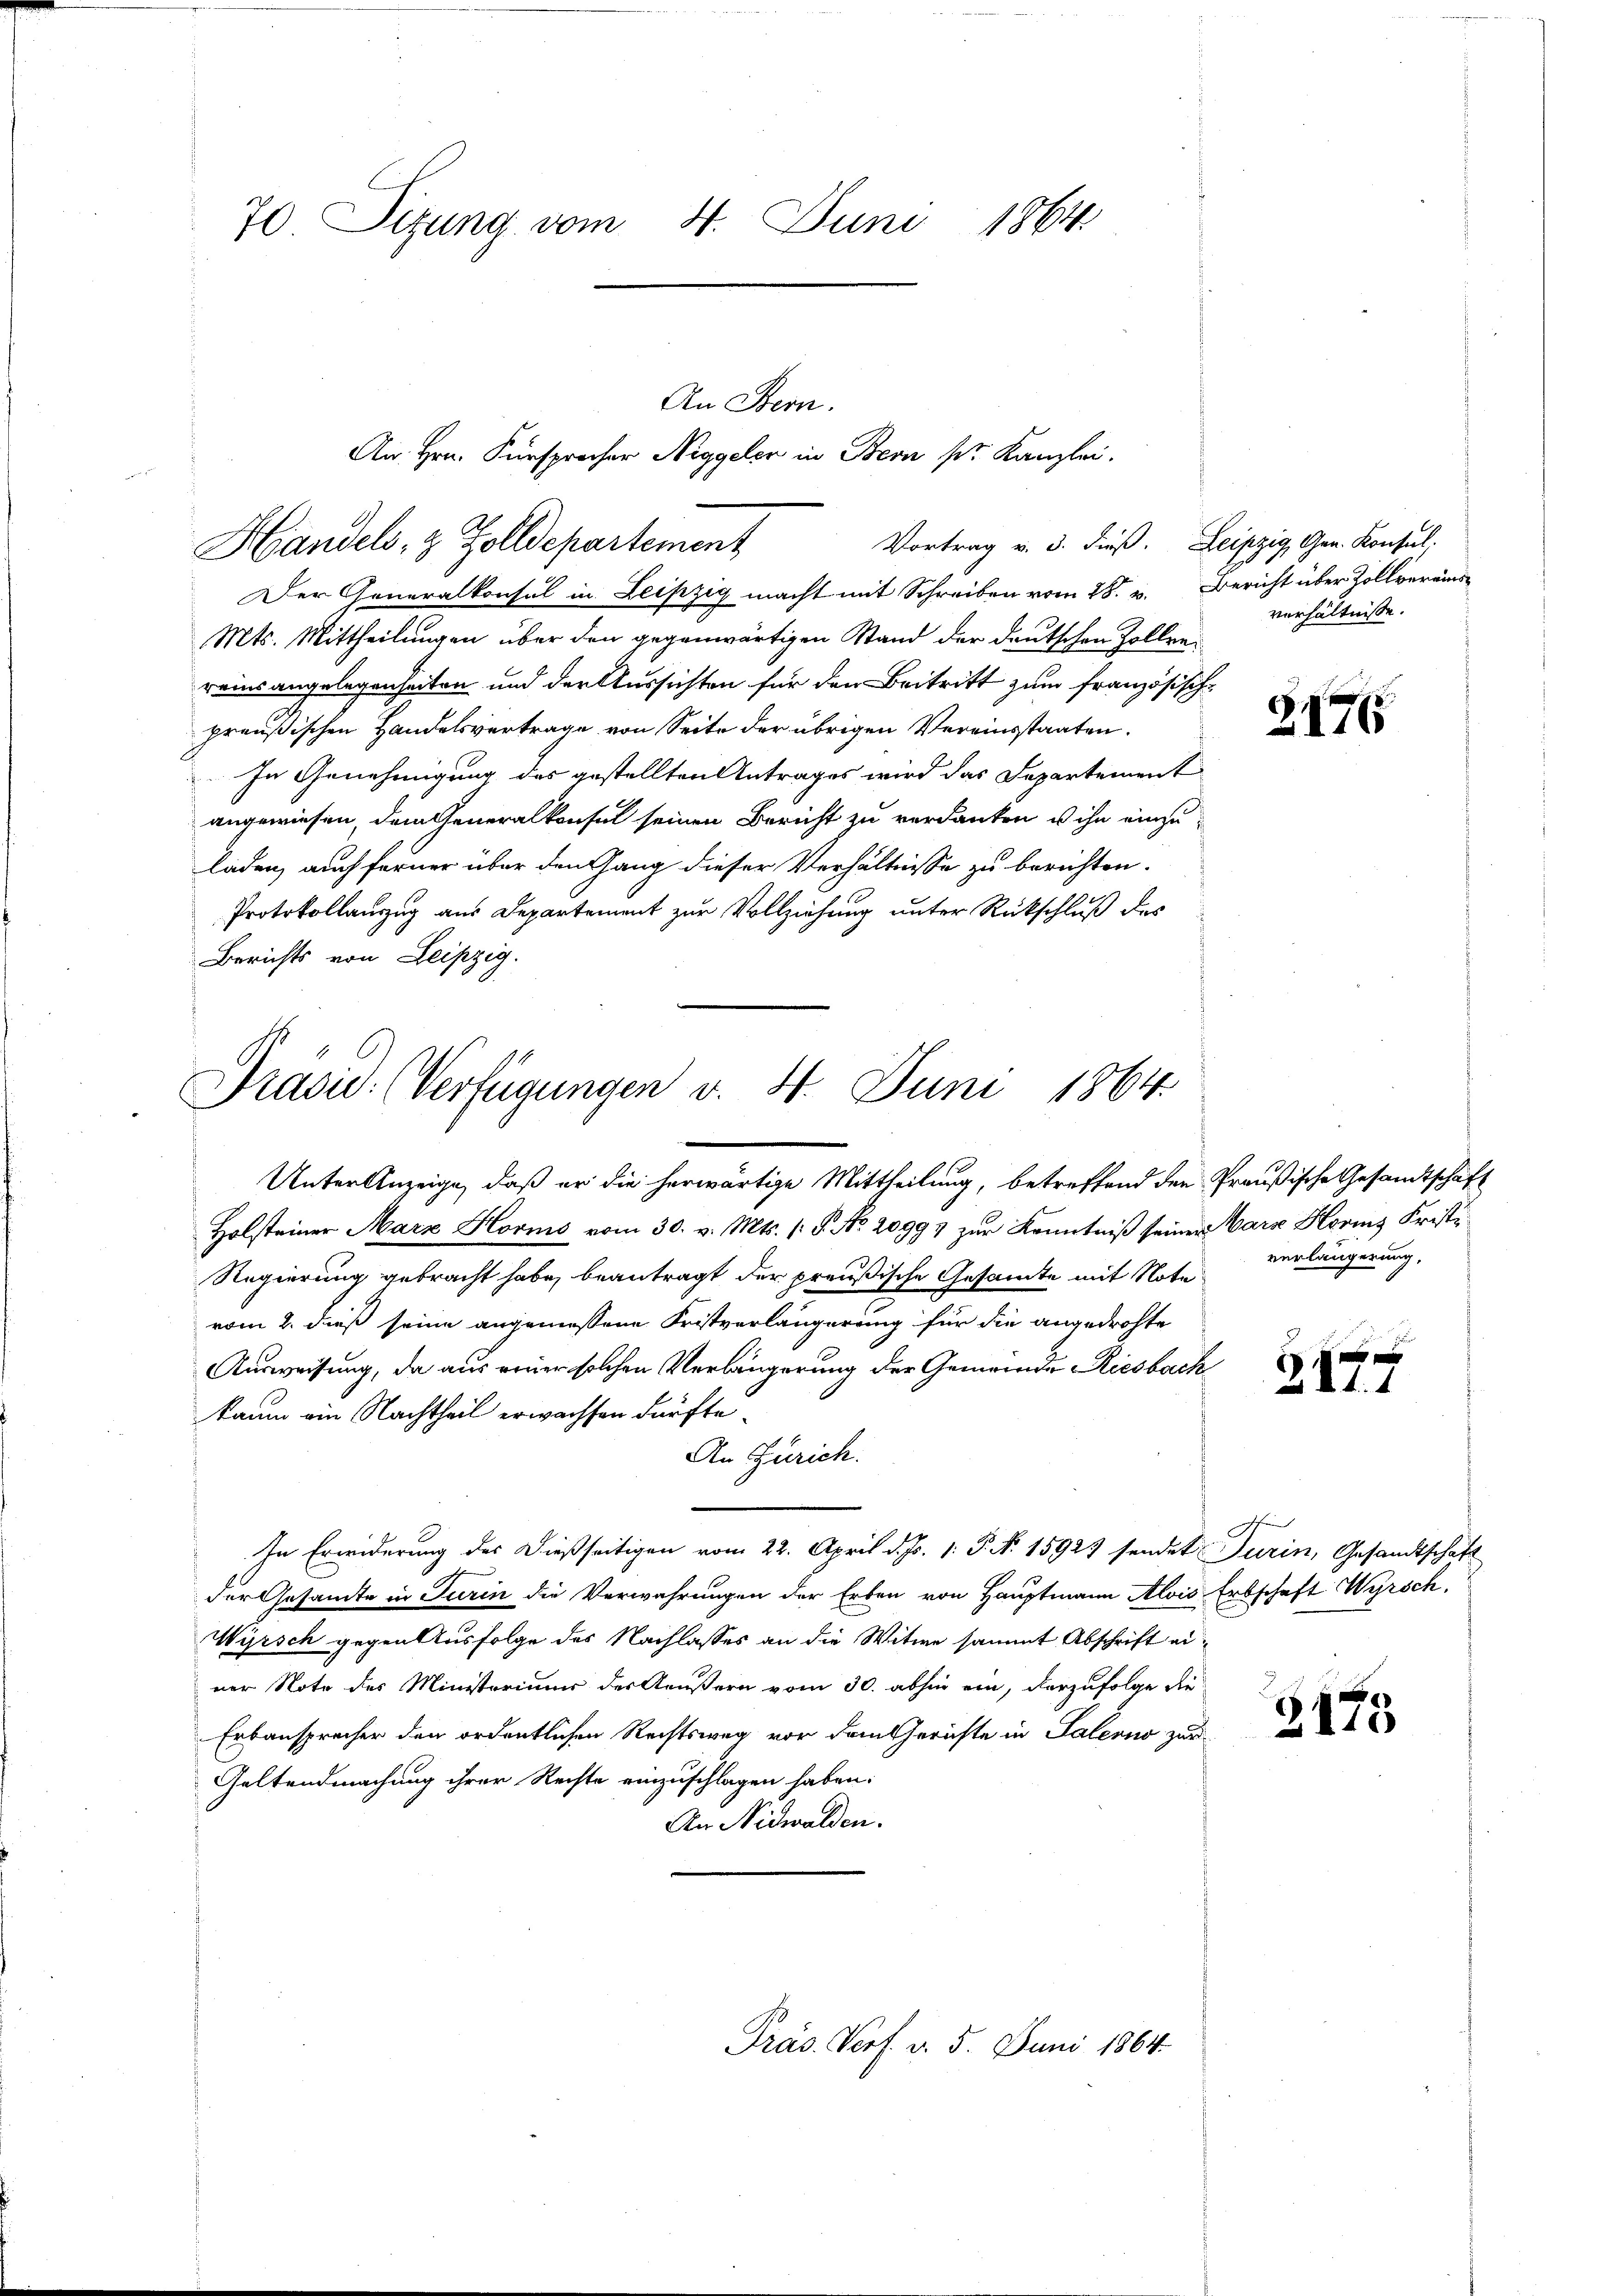
70. Sitzung vom 4. Juni 1864.

Der Generalkonsul in Leipzig macht mit Schreiben vom 28. v. Bericht über Zollvereins¬
Mts. Mittheilungen über den gegenwärtigen Stand der deutschen Zollenreinsangelegenheiten und der Aussichten für den Beitritt zum französische
preußischen Handelsvertrage von Seite der übrigen Vereinsstaaten.
In Genehmigung des gestellten Antrages wird das Departement
angewiesen, dem Generalkonsul seinen Bericht zu verdanken u ihn einzuladen, auch ferner über den Gang dieser Verhältnisse zu berichten.
Protokollauszug aus Departement zur Vollziehung unter Rückschluß des
Berichts von Leipzig.

Handels- & Zolldepartement

An Stern.
Vortrag v. 3. dieß. Leipzig, Gen. Konsul,

An Hrn. Fürsprocher Niggeler in Bern pr. Kanzlei.

Präsid. Verfügungen v. 4. Juni 1864.

Unter Anzeige, daß er die herwärtige Mittheilung, betreffend den Preußische Gesandtschaft
Holsteiner Marz Horms vom 30. v. Mts. (T. No. 20993 zur Kenntniß seiner Harz Horis Fristi
Regierung gebracht habe, beantragt der preußische Gesamte mit Note
vom 2. dieß seine angemessene Fristverlängerung für die angedrohte
Ausweisung, da aus einer solchen Verlängerung der Gemeinde Riesbach
kaum ein Nachtheil erwachsen dürfte
An Zürich.
In Erwiderung des dießseitigen vom 22. April d. Js. 1. P. Nr. 15923 sendet Turin, Gesandtschaft
der Gesandte in Turin die Verwahrungen der Erben von Hauptmann Alois Erbschaft Wyrsch
Wyrsch gegen Ausfolge des Nachlasses an die Witwe sammt Abschrift eiver Note des Ministeriums der Aeußern vom 30. abhin ein, darzufolge die
Erbansprecher den ordentlichen Rechtsweg vor dem Gerichte in Salerno zur
Geltendmachung ihrer Rechte einzuschlagen haben.
An Nidwalden.

Präs. Porf. v. 5. Juni 1864.

verhältnisse.

21715

verlängerung,

Z. 174

3175